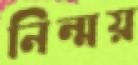
নিন্ময়